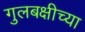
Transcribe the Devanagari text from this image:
गुलबक्षीच्या